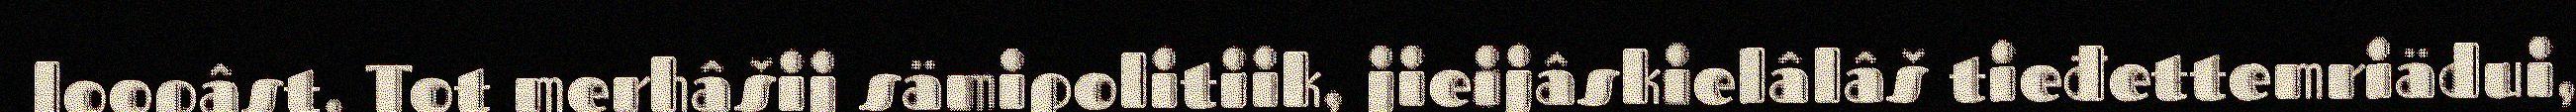
loopâst. Tot merhâšij sämipolitiik, jieijâskielâlâš tieđettemriädui,